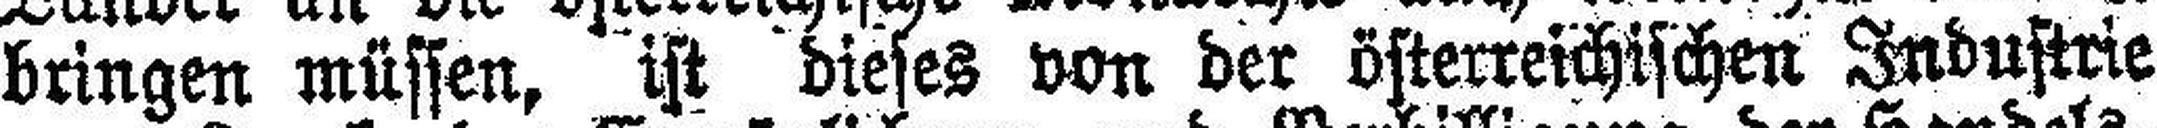
bringen müssen, ist dieses von der österreichischen Industrie